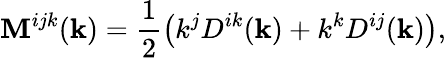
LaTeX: \mathbf{M}^{ijk}({\mathbf{{k}}})=\frac{{1}}{{2}}\left(k^{j}D^{ik}({\mathbf{{k}}})+k^{k}D^{ij}({\mathbf{{k}}})\right),